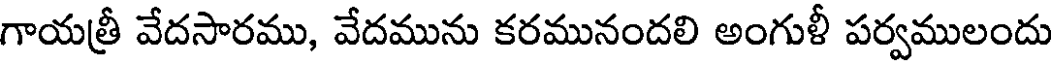
గాయత్రీ వేదసారము, వేదమును కరమునందలి అంగుళీ పర్వములందు